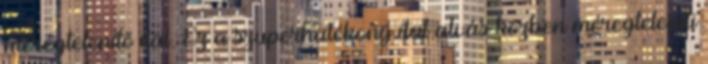
méregtelenítő ital. Ez a szuperhatékony ital alvás közben méregteleníti